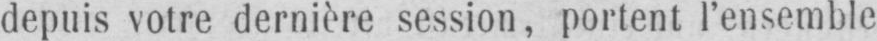
depuis votre dernière session, portent l’ensemble